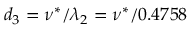
d _ { 3 } = \nu ^ { * } / \lambda _ { 2 } = \nu ^ { * } / 0 . 4 7 5 8